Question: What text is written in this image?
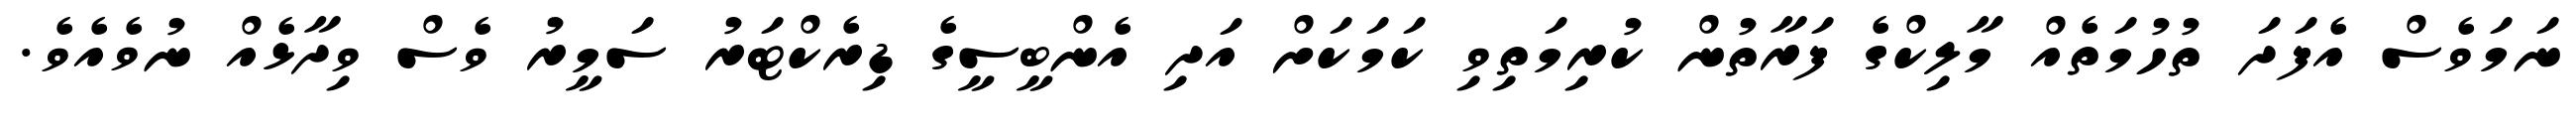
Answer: ނަމަވެސް އެފަދަ ތުހުމަތެއް މާލިކްގެ ފަރާތުން ކުރިމަތިވި ކަމަކަށް އަދި އެންބީސީގެ ޑިރެކްޓަރު ސަމީރު ވެސް ވިދާޅެއް ނުވެއެވެ.